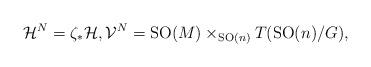
LaTeX: \begin{gather*}\mathcal{H}^N=\zeta_{\ast}\mathcal{H},\mathcal{V}^N={\rm SO}(M)\times_{{\rm SO}(n)} T({\rm SO}(n)/G),\end{gather*}